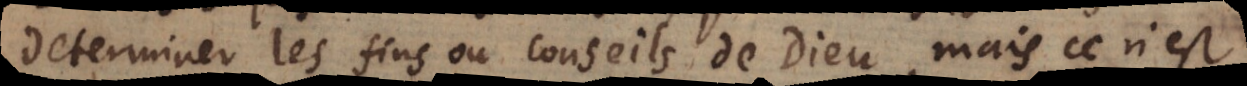
determiner les fins ou conseils de Dieu, mais ce n’est